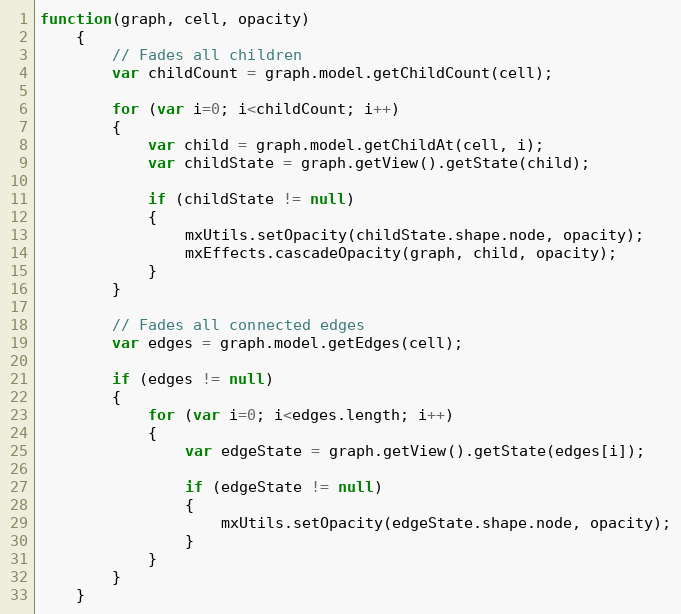
Language: JavaScript
function(graph, cell, opacity)
	{
		// Fades all children
		var childCount = graph.model.getChildCount(cell);

		for (var i=0; i<childCount; i++)
		{
			var child = graph.model.getChildAt(cell, i);
			var childState = graph.getView().getState(child);

			if (childState != null)
			{
				mxUtils.setOpacity(childState.shape.node, opacity);
				mxEffects.cascadeOpacity(graph, child, opacity);
			}
		}

		// Fades all connected edges
		var edges = graph.model.getEdges(cell);

		if (edges != null)
		{
			for (var i=0; i<edges.length; i++)
			{
				var edgeState = graph.getView().getState(edges[i]);

				if (edgeState != null)
				{
					mxUtils.setOpacity(edgeState.shape.node, opacity);
				}
			}
		}
	}